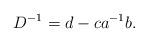
LaTeX: \begin{align*}D^{-1}=d-ca^{-1}b.\end{align*}